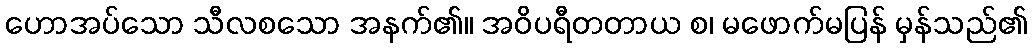
ဟောအပ်သော သီလစသော အနက်၏။ အဝိပရီတတာယ စ၊ မဖောက်မပြန် မှန်သည်၏